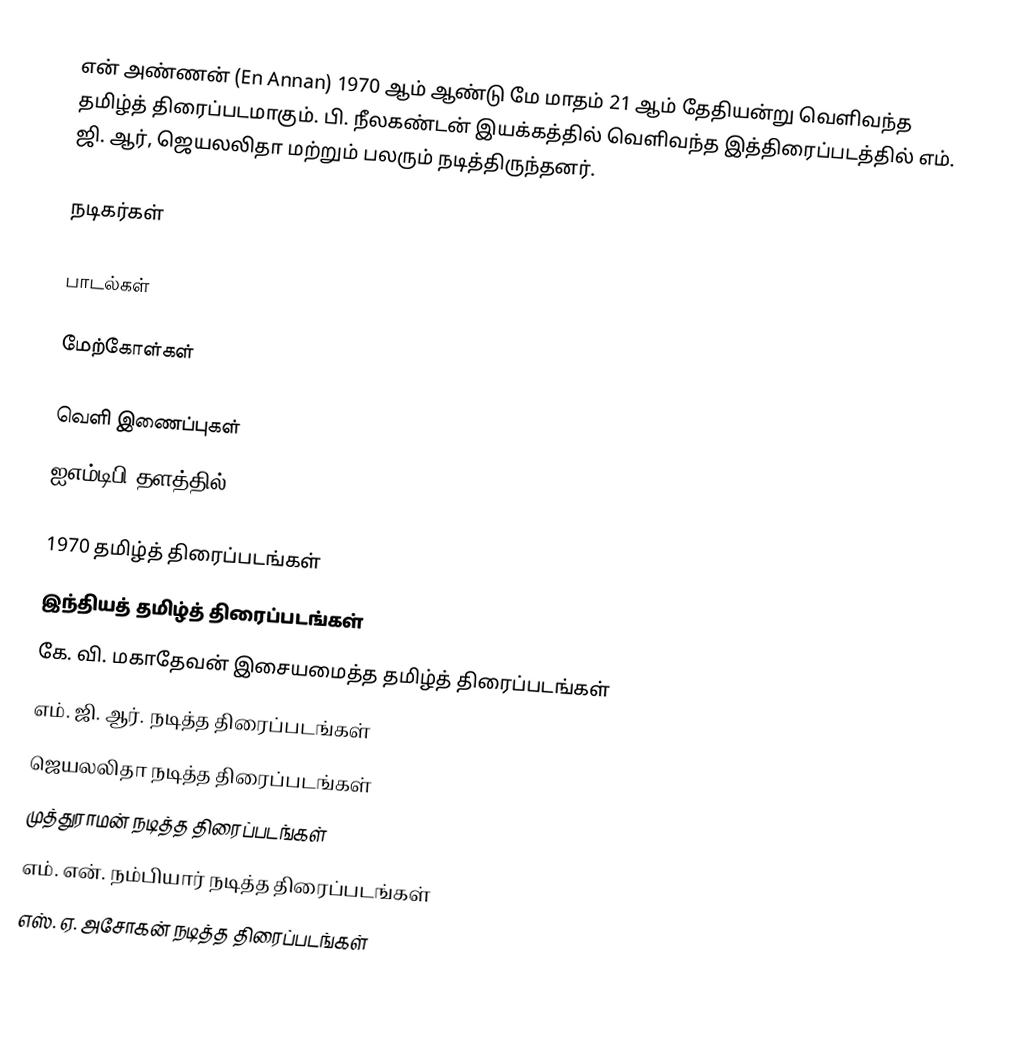
என் அண்ணன்  (En Annan) 1970 ஆம் ஆண்டு மே மாதம் 21 ஆம் தேதியன்று வெளிவந்த தமிழ்த் திரைப்படமாகும். பி. நீலகண்டன் இயக்கத்தில் வெளிவந்த இத்திரைப்படத்தில் எம். ஜி. ஆர், ஜெயலலிதா மற்றும் பலரும் நடித்திருந்தனர்.

நடிகர்கள்

பாடல்கள்

மேற்கோள்கள்

வெளி இணைப்புகள்
 ஐஎம்டிபி தளத்தில்

1970 தமிழ்த் திரைப்படங்கள்
இந்தியத் தமிழ்த் திரைப்படங்கள்
கே. வி. மகாதேவன் இசையமைத்த தமிழ்த் திரைப்படங்கள்
எம். ஜி. ஆர். நடித்த திரைப்படங்கள்
ஜெயலலிதா நடித்த திரைப்படங்கள்
முத்துராமன் நடித்த திரைப்படங்கள்
எம். என். நம்பியார் நடித்த திரைப்படங்கள்
எஸ். ஏ. அசோகன் நடித்த திரைப்படங்கள்